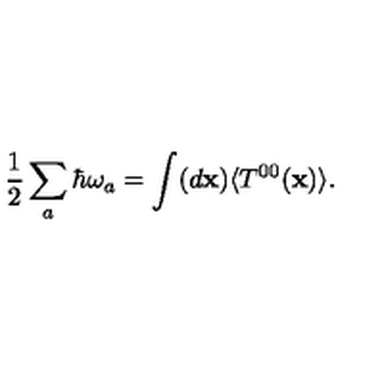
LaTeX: { \frac { 1 } { 2 } } \sum _ { a } \hbar \omega _ { a } = \int ( d { \bf x } ) \langle T ^ { 0 0 } ( { \bf x } ) \rangle .